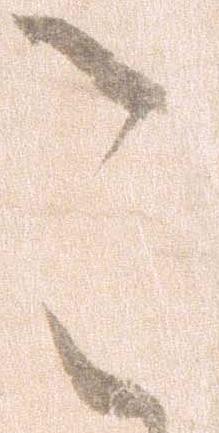
こ